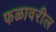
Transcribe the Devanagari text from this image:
फळावरील